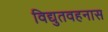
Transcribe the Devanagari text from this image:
विद्युतवहनास